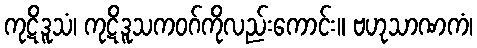
ကုဋိဒူသံ၊ ကုဋိဒူသကဝဂ်ကိုလည်းကောင်း။ ဗဟုသာဏကံ၊